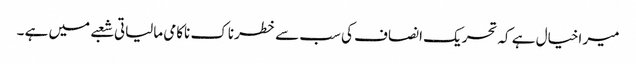
میر اخیال ہے کہ تحریک انصاف کی سب سے خطرناک ناکامی مالیاتی شعبے میں ہے ۔